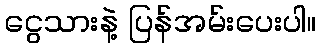
ငွေသားနဲ့ ပြန်အမ်းပေးပါ။